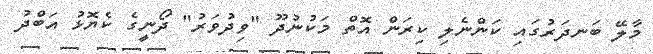
މާލޭ ބަނދަރުގައި ކަންނެލި ކިރަން އޮތް މަކުނުދޫ "ވިދުވަރު" ދޯނީގެ ކެޔޮޅު އަބްދު